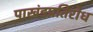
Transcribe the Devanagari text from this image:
पाखंडप्रतिरोध